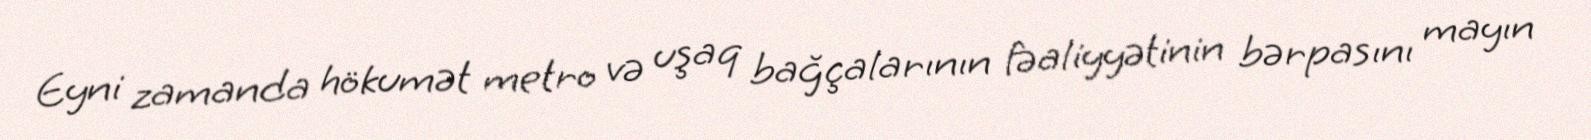
Eyni zamanda hökumət metro və uşaq bağçalarının fəaliyyətinin bərpasını mayın